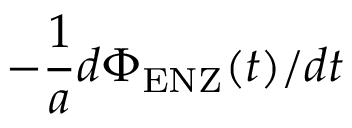
- \frac { 1 } { a } d \Phi _ { \mathrm { E N Z } } ( t ) / d t